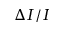
\Delta I / I